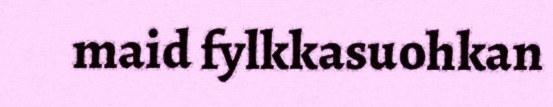
maid fylkkasuohkan